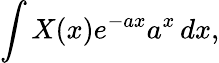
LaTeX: \int X(x)e^{-ax}a^{x}\, dx,